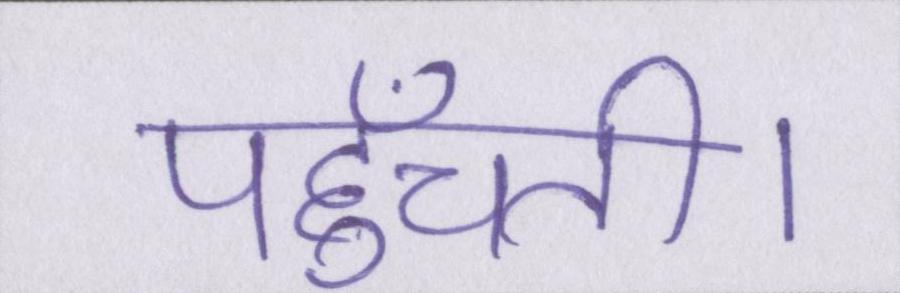
पहुँचती।